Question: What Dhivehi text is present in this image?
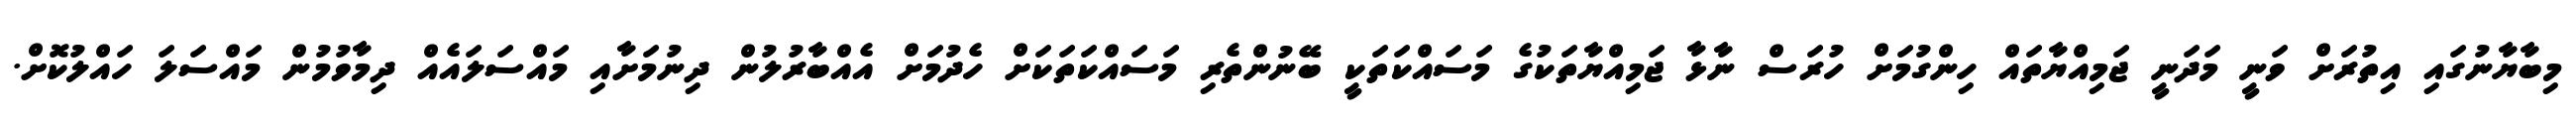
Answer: މިބާޔާނުގައި އިތުރަށް ވަނީ މަދަނީ ޖަމިއްޔާތައް ހިންގުމަށް ހުރަސް ނާޅާ ޖަމިއްޔާތަކުގެ މަސައްކަތަކީ ބޭނުންތެރި މަސައްކަތަކަށް ހެދުމަށް އެއްބާރުލުން ދިނުމަށާއި މައްސަލައެއް ދިމާވުމުން މައްސަލަ ހައްލުކޮށް.